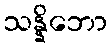
သန္နိဘော